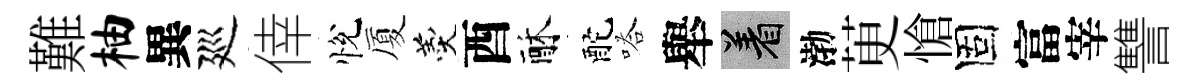
難柚異廵倖悅厦羹酉酥酡嗒舉著渤茰愴固富宰讐